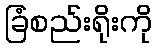
ခြံစည်းရိုးကို